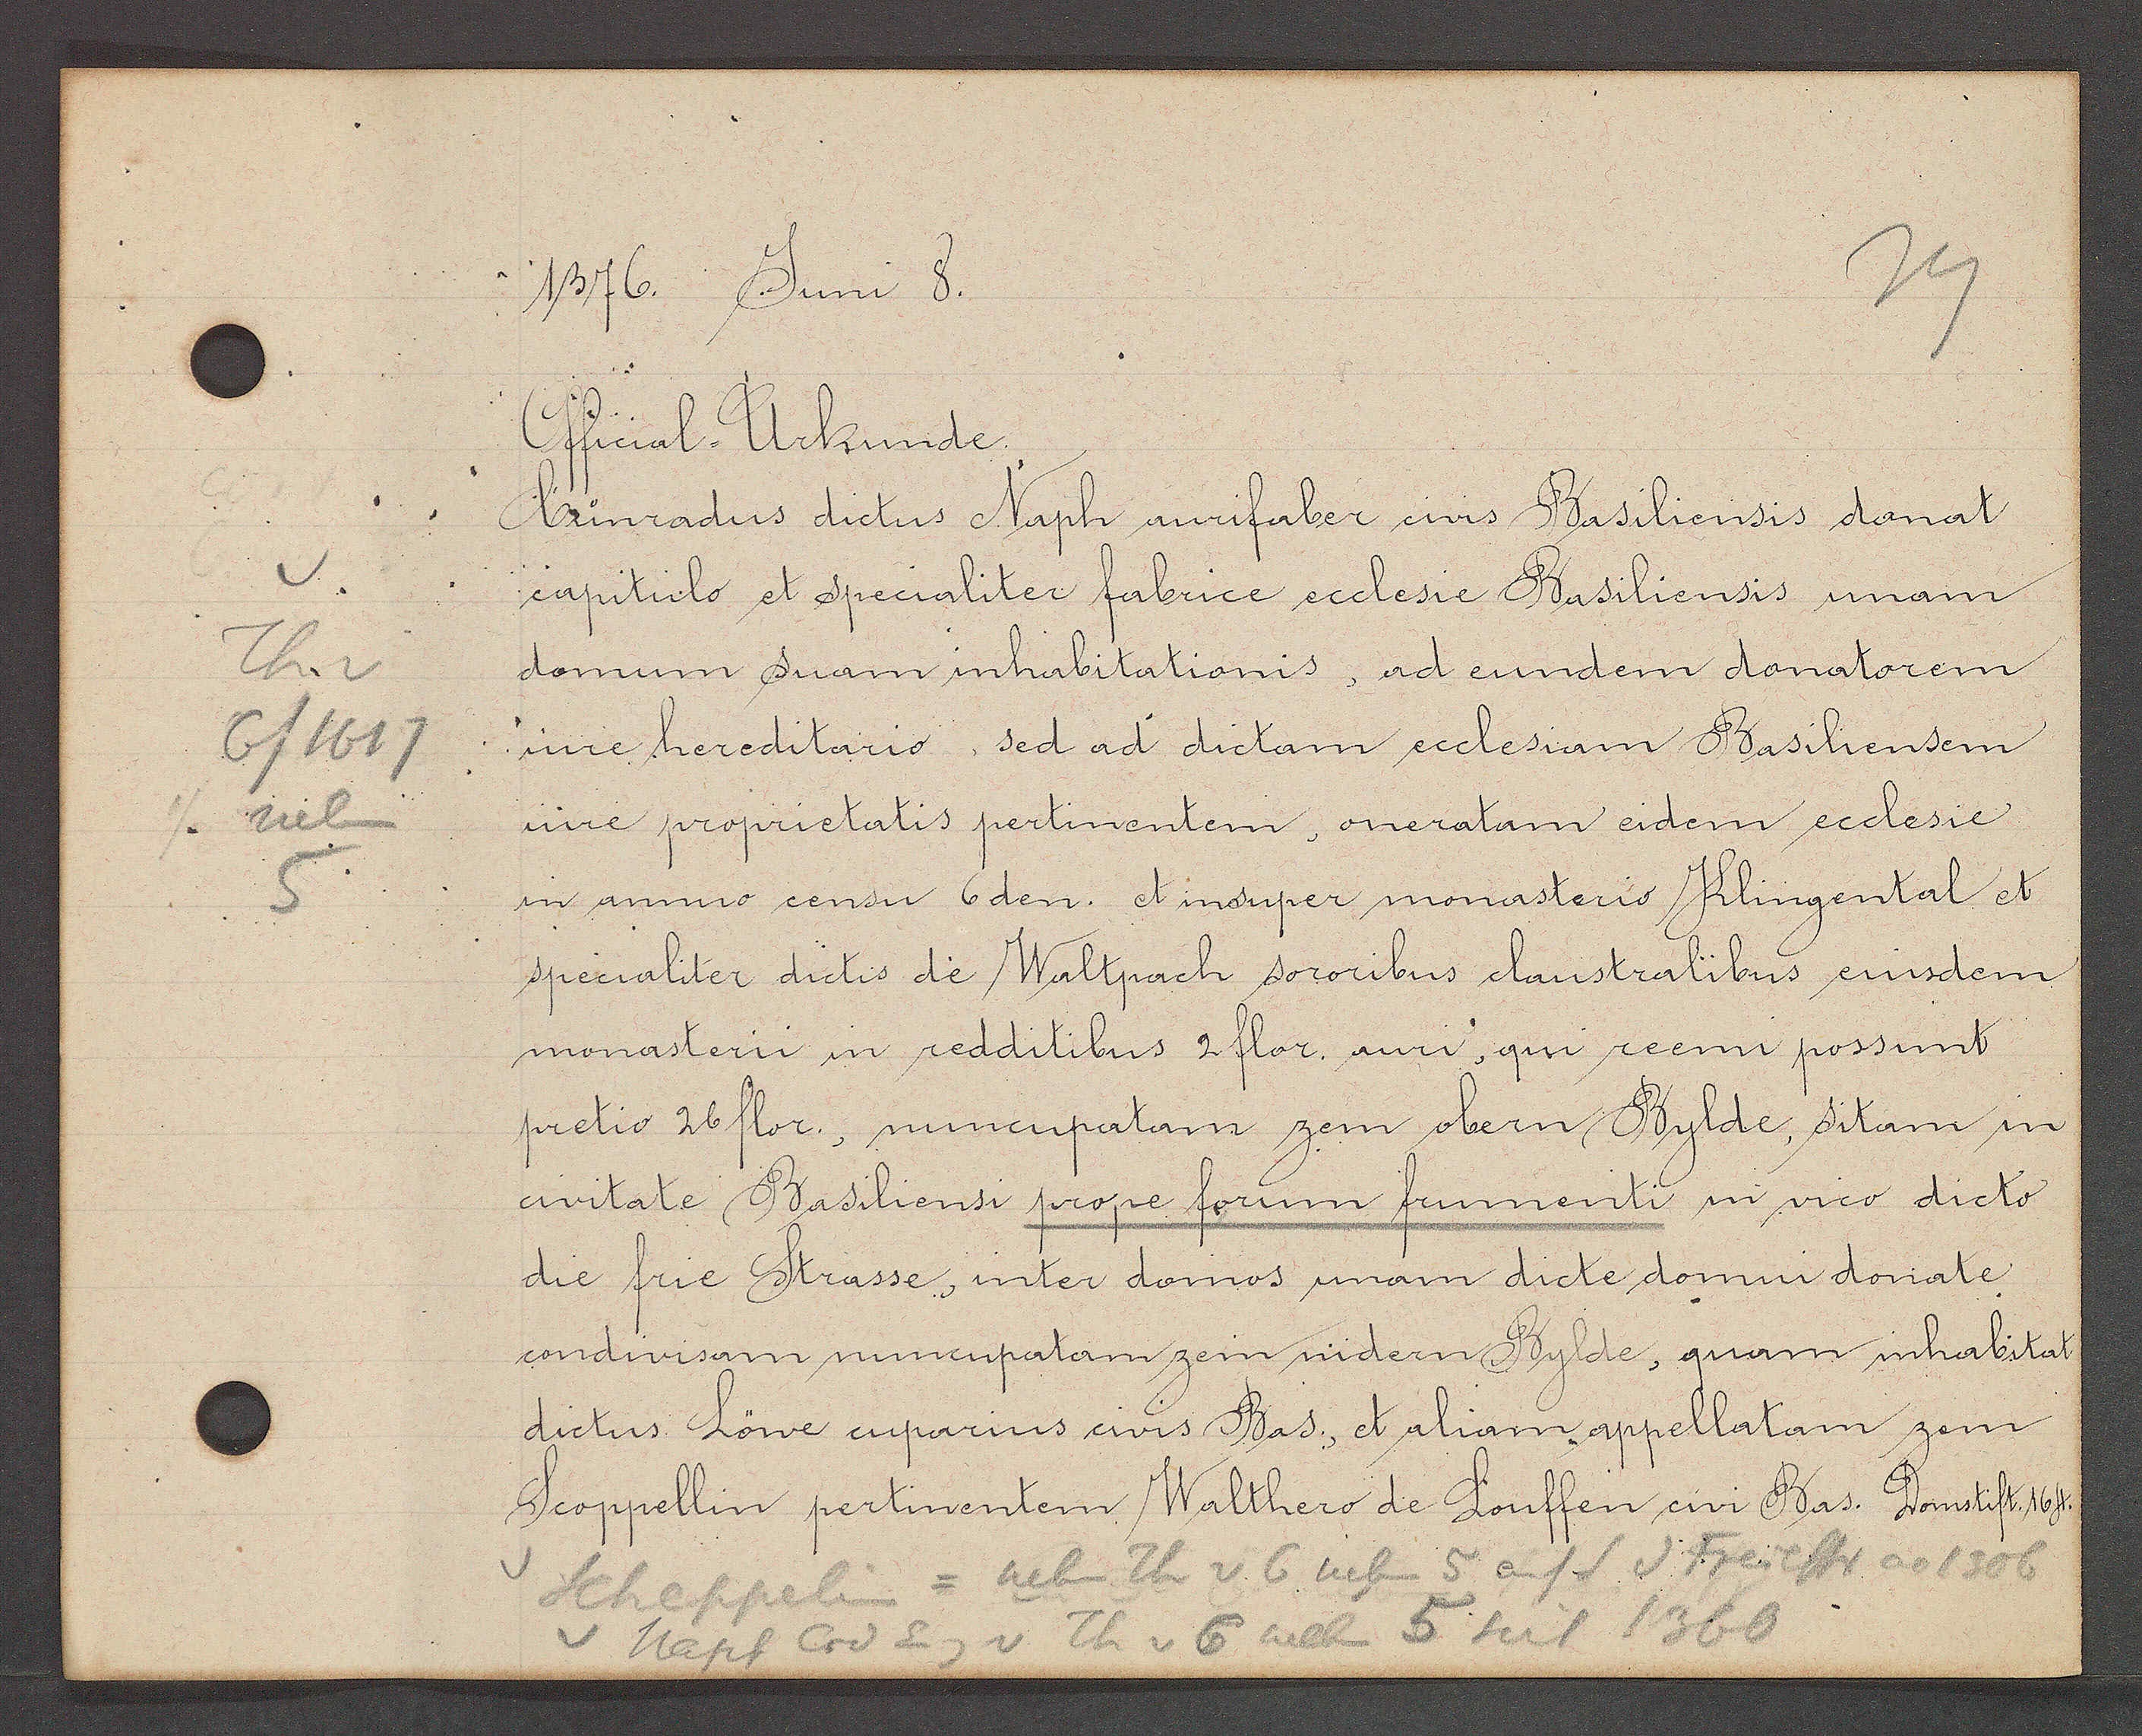
Transcript:
Th v
6/1617
1 neben

1376 Juni 8.
17
Official-Urkunde
Cunradus dictus Naph arcifaber civis Basiliensis donat
capitielo et specaliter fabrice ecclesie Basiliensis unam
domum suam inhabitationis, ad eundem donatorem
iure hereditario, sed ad dictam ecclesiam Basiliensem
iure proprietatis pertinentem, oneratam eidem ecclesie
in anno censu 6den. et insuper monasterio Klingental et
specialiter dictis de Waltpach sororibus claustralibus eiusdem
monasterii in redditibus 2 flor. anni, gui reemi possunt
pretio 26 flor., nuncupatam zem obern Bylde, sitam in
civitate Basiliensi prope forum frumenti in vico dicto
die frie Strasse, inter domos unan dicte domui doriate
condivisam nuncupatam zem nidern Bylde, quam inhabitat
dictus Löwe cuparius civis Bas. et aliam appellatam zem
Scoppellin pertinentem Walthero de Louffen civi Bas. Domstift 164.
Scheppelin = neb Th v 6 nebn 5 auf S d Freiestr ao 1306
Napf Crd Eig v Th v 5 neben 5 seit 1360